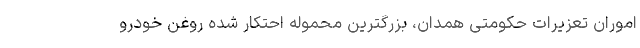
اموران تعزیرات حکومتی همدان، بزرگترین محموله احتکار شده روغن خودرو